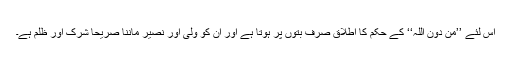
اس لئے ’’مِنْ دُوْنِ اللہ‘‘ کے حکم کا اطلاق صرف بتوں پر ہوتا ہے اور ان کو ولی اور نصیر ماننا صریحاً شرک اور ظلم ہے۔